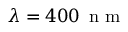
\lambda = 4 0 0 \, \mathrm { ~ n ~ m ~ }